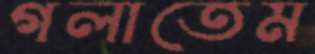
গলাতেম